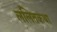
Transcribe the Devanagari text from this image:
ललितकथा